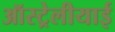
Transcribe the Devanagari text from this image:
ऑस्ट्रेलीयाई